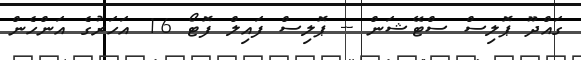
ގައްދޫ ޕޮލިސް ސްޓޭޝަން -- ޕޮލިސް ފައިލް ފޮޓޯ 16 އަހަރުގެ އަންހެން